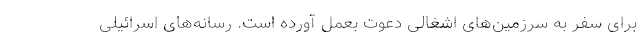
برای سفر به سرزمین‌های اشغالی دعوت بعمل آورده است. رسانه‌های اسرائیلی